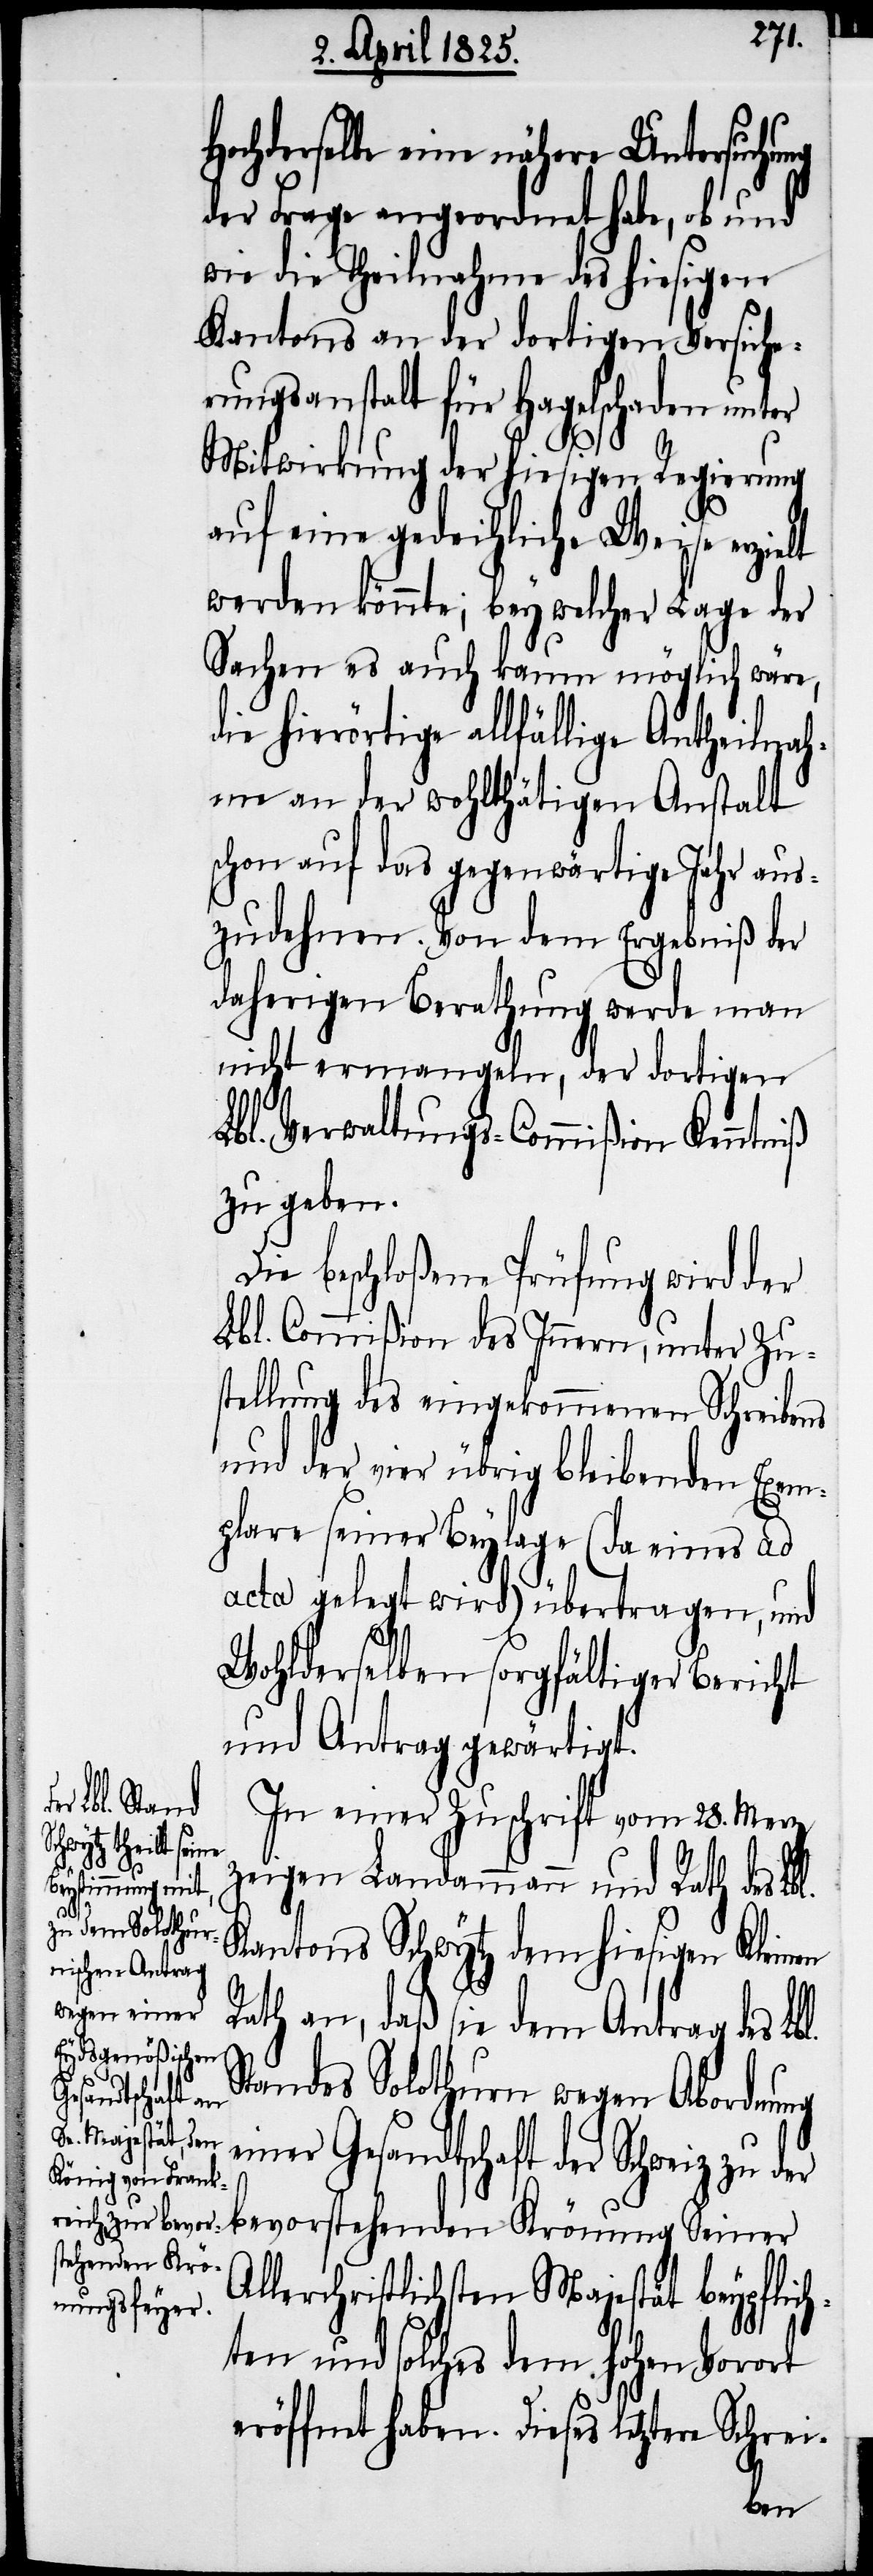
Hochderselbe eine nähere Untersuchung
der Frage angeordnet habe, ob und
wie die Theilnahme des hiesigen
Kantons an der dortigen Versiche¬
rungsanstalt für Hagelschaden unter
Mitwirkung der hiesigen Regierung
auf eine gedeihliche Weise erzielt
werden könnte; bey welcher Lage der
Sachen es auch kaum möglich wäre,
die hierörtige allfällige Antheilnah¬
me an der wohlthätigen Anstalt
schon auf das gegenwärtige Jahr aus¬
zudehnen. Von dem Ergebniß der
daherigen Berathung werde man
nicht ermangeln, der dortigen
Lbl. Verwaltungs-Commißion Kenntniß
zu geben.
Die beschloßene Prüfung wird der
Lbl. Commißion des Innern, unter Zu¬
stellung des eingekommenen Schreibens
und der vier übrig bleibenden Exem¬
plare seiner Beylage (da eines ad
acta gelegt wird) übertragen, und
Wohlderselben sorgfältiger Bericht
und Antrag gewärtigt.
In einer Zuschrift vom 28. Merz
zeigen Landammann und Rath des
Kantons Schwytz dem hiesigen Kleinen
Rath an, daß sie dem Antrag des Lbl.
Standes Solothurn wegen Abordnung
einer Gesandtschaft der Schweiz zu
bevorstehenden Krönung Seiner
Allerchristlichsten Majestät beypflich¬
ten und solches dem hohen Vorort
eröffnet haben. Dieses letztere